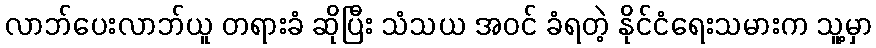
လာဘ်ပေးလာဘ်ယူ တရားခံ ဆိုပြီး သံသယ အဝင် ခံရတဲ့ နိုင်ငံရေးသမားက သူ့မှာ